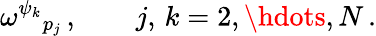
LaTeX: \omega^{\psi_{k}}{}_{p_{j}}\, ,\qquad j,\, k=2,\hdots,N\, .